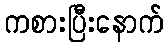
ကစားပြီးနောက်